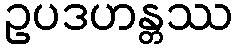
ဥပဒဟန္တဿ